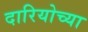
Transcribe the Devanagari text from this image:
दारियोच्या